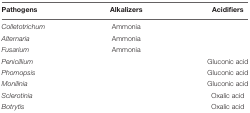
<table><thead><tr><td><b>Pathogens</b></td><td><b>Alkalizers</b></td><td><b>Acidifiers</b></td></tr></thead><tbody><tr><td><i>Colletotrichum</i></td><td>Ammonia</td><td></td></tr><tr><td><i>Alternaria</i></td><td>Ammonia</td><td></td></tr><tr><td><i>Fusarium</i></td><td>Ammonia</td><td></td></tr><tr><td><i>Penicillium</i></td><td></td><td>Gluconic acid</td></tr><tr><td><i>Phomopsis</i></td><td></td><td>Gluconic acid</td></tr><tr><td><i>Monilinia</i></td><td></td><td>Gluconic acid</td></tr><tr><td><i>Sclerotinia</i></td><td></td><td>Oxalic acid</td></tr><tr><td><i>Botrytis</i></td><td></td><td>Oxalic acid</td></tr></tbody></table>